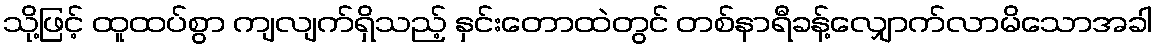
သို့ဖြင့် ထူထပ်စွာ ကျလျက်ရှိသည့် နှင်းတောထဲတွင် တစ်နာရီခန့်လျှောက်လာမိသောအခါ